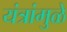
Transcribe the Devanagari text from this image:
यंत्रांमुळे